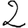
Digit: 2